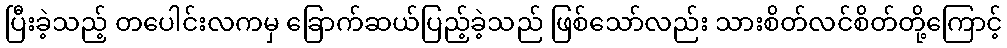
ပြီးခဲ့သည့် တပေါင်းလကမှ ခြောက်ဆယ်ပြည့်ခဲ့သည် ဖြစ်သော်လည်း သားစိတ်လင်စိတ်တို့ကြောင့်